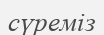
сүреміз